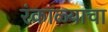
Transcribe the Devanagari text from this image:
रंकाळ्याचा